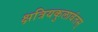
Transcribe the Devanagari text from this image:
क्षत्रियकुलावंतस्